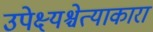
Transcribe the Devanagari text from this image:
उपेक्ष्यश्चेत्याकारा